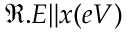
\Re . E \lVert x ( e V )